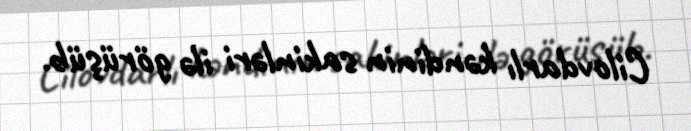
Cilovdarlı kəndinin sakinləri ilə görüşüb.